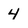
Character: 4